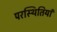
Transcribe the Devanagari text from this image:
परस्थितियां